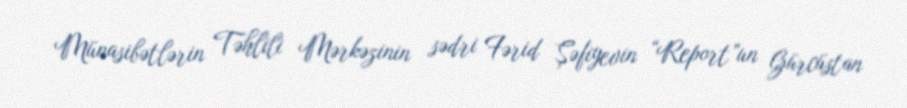
Münasibətlərin Təhlili Mərkəzinin sədri Fərid Şəfiyevin “Report”un Gürcüstan